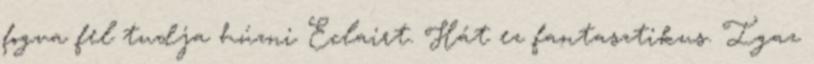
fogva fel tudja húzni Eclairt. Hát ez fantasztikus. Igaz